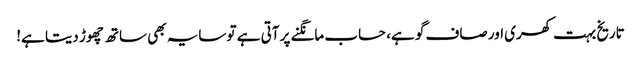
تاریخ بہت کھری اور صاف گو ہے، حساب مانگنے پر آتی ہے تو سایہ بھی ساتھ چھوڑ دیتا ہے!